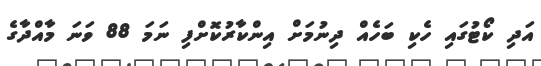
އަދި ކޯޓުގައި ހެކި ބަހެއް ދިނުމަށް އިންކާރުކޮށްފި ނަމަ 88 ވަނަ މާއްދާގެ